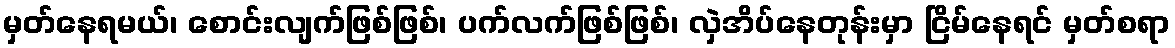
မှတ်နေရမယ်၊ စောင်းလျက်ဖြစ်ဖြစ်၊ ပက်လက်ဖြစ်ဖြစ်၊ လှဲအိပ်နေတုန်းမှာ ငြိမ်နေရင် မှတ်စရာ